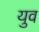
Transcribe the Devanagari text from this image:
युव